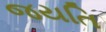
જયતિ